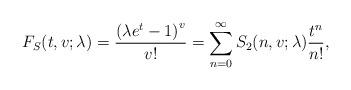
LaTeX: \begin{align*}F_{S}(t,v;\lambda )=\frac{\left( \lambda e^{t}-1\right) ^{v}}{v!}=\sum_{n=0}^{\infty }S_{2}(n,v;\lambda )\frac{t^{n}}{n!}, \end{align*}